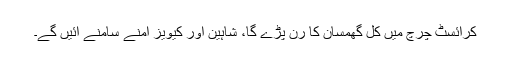
کرائسٹ چرچ میں کل گھمسان کا رن پڑے گا، شاہین اور کیویز آمنے سامنے آئیں گے۔